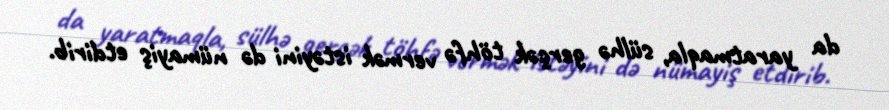
da yaratmaqla, sülhə gerçək töhfə vermək istəyini də nümayiş etdirib.